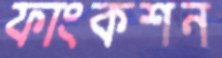
ফাংকশন